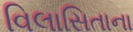
વિલાસિતાના